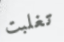
تغلبت